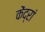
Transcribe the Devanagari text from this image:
केंद्रां